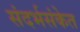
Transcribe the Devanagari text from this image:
संदर्भसंकेत